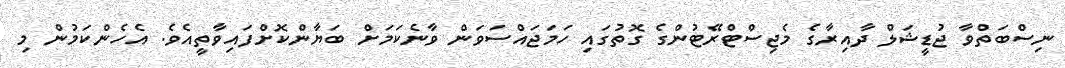
ނިސްބަތްވާ ޖުޑީޝަލް ދާއިރާގެ މެޖިސްޓްރޭޓުންގެ ގޮތުގައި ހަމަޖައްސަވަން ވާނެކަމަށް ބަޔާންކޮށްފައިވާތީއެވެ. އެހެންކަމުން މި